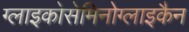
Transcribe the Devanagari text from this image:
ग्लाइकोसेमिनोग्लाइकैन